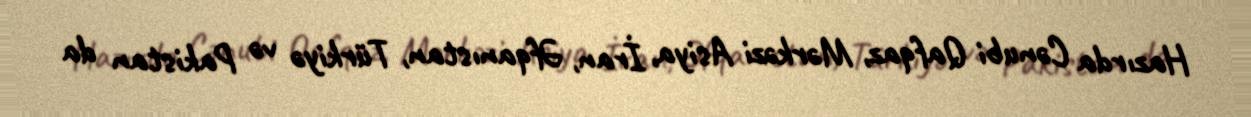
Hazırda Cənubi Qafqaz, Mərkəzi Asiya, İran, Əfqanıstan, Türkiyə və Pakistan da